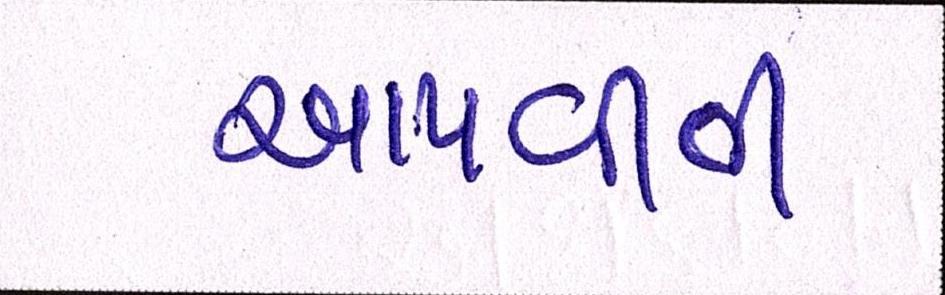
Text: આપવીતી